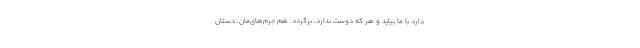
دارد با ما بیاید و هر که دوست ندارد، برگردد. هم جرم‌های‌مان، دستان